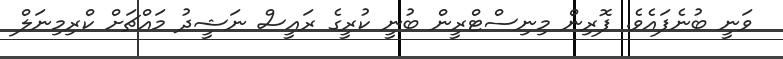
ވަނީ ބުނެފައެވެ. ފޮރިން މިނިސްޓްރީން ބުނީ ކުރީގެ ރައީސް ނަޝީދު މައްޗަށް ކްރިމިނަލް